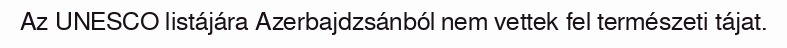
Az UNESCO listájára Azerbajdzsánból nem vettek fel természeti tájat.